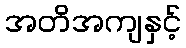
အတိအကျနှင့်